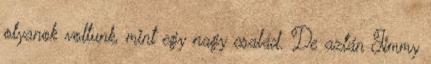
olyanok voltunk, mint egy nagy család. De aztán Jimmy